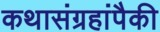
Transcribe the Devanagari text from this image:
कथासंग्रहांपैकी